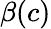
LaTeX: \beta(c)